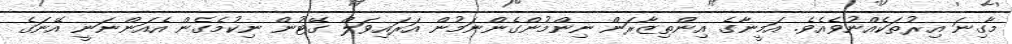
މާގިނަ އިރުތަކެއްނުވެއެވެ. އަމީނާގެ އިންތިޒާރަން ނިންމުންގެންނަމުން އަރައިވަލް ގޭޓުން ނިކުމެގެން އެއަންނަނީ އޭނަގެ